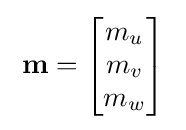
\;\mathbf {m} ={\begin{bmatrix}m_{u}\\m_{v}\\m_{w}\end{bmatrix}}\;